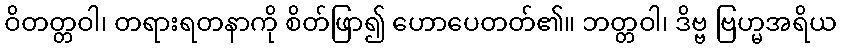
ဝိတတ္တဝါ၊ တရားရတနာကို စိတ်ဖြာ၍ ဟောပေတတ်၏။ ဘတ္တဝါ၊ ဒိဗ္ဗ ဗြဟ္မအရိယ